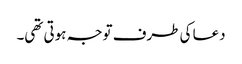
دعا کی طرف توجہ ہوتی تھی۔